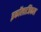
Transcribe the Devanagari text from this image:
इकॉलाजिकल